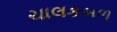
ચાલકબળ